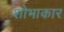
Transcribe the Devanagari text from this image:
शोभाकार